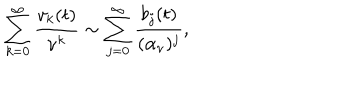
\sum _ { k = 0 } ^ { \infty } { \frac { v _ { k } ( t ) } { \nu ^ { k } } } \sim \sum _ { j = 0 } ^ { \infty } { \frac { b _ { j } ( t ) } { ( \alpha _ { \nu } ) ^ { j } } } ,